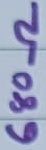
Text: 680Ω